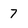
Character: 7